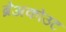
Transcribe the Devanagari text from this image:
ब्रेअकोउट